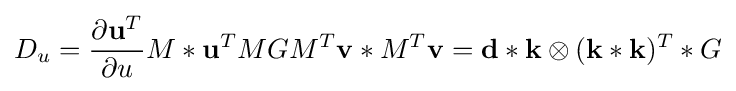
D_{u}={\frac {\partial \mathbf {u} ^{T}}{\partial u}}M\ast \mathbf {u} ^{T}MGM^{T}\mathbf {v} \ast M^{T}\mathbf {v} =\mathbf {d} \ast \mathbf {k} \otimes (\mathbf {k} \ast \mathbf {k} )^{T}\ast G